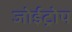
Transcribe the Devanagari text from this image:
जोईट्रोप